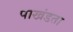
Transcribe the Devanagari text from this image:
पाखंडता